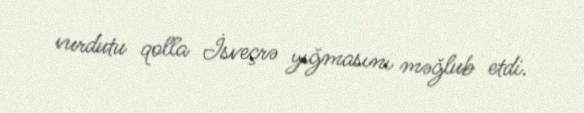
vurdutu qolla İsveçrə yığmasını məğlub etdi.